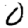
Digit: 0